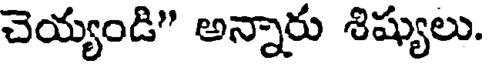
చెయ్యండి" అన్నారు శిష్యులు.